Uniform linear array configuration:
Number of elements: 48
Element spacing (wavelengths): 0.25
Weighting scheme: binomial
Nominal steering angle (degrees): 30
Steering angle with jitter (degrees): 31.217
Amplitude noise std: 0.05
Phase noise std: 0.05

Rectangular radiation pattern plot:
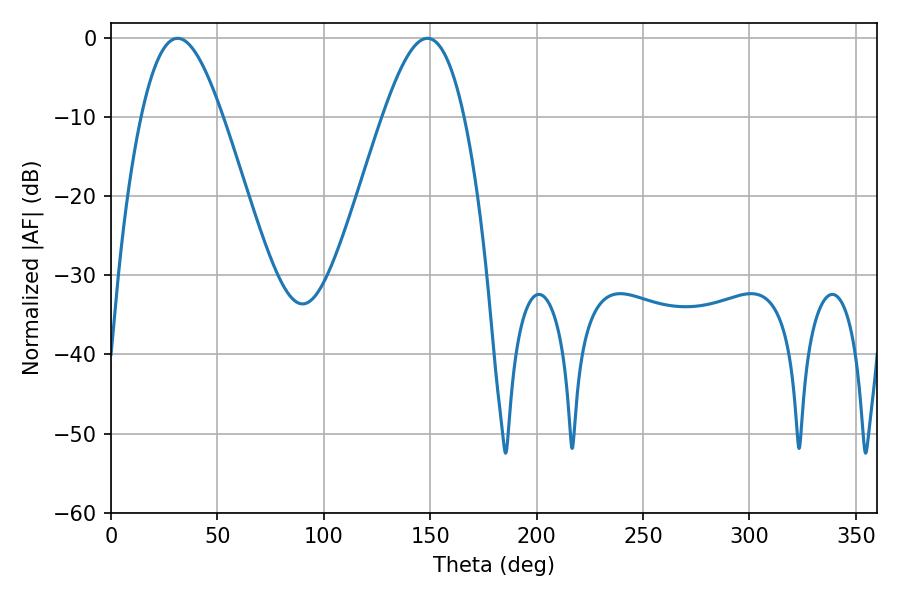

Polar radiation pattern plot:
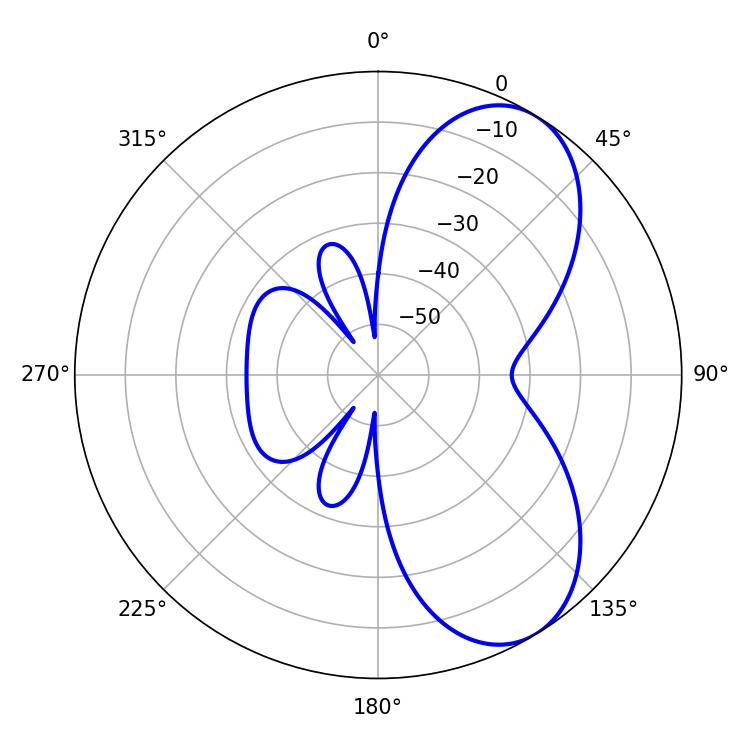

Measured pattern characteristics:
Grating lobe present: FALSE
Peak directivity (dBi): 6.807
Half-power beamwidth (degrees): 20.52
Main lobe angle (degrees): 31.32